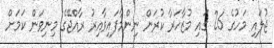
ޖުލައި މަހުގެ 26 ގައި މުޒާހަރާ ކުރަން ނިންމާފައިވާއިރު ރާއްޖޭގެ މިނިވަން ކަމަށް